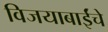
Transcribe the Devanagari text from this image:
विजयाबाईंचे